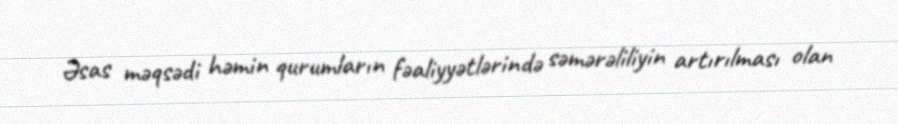
Əsas məqsədi həmin qurumların fəaliyyətlərində səmərəliliyin artırılması olan